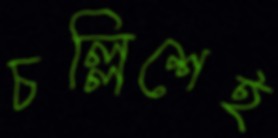
চল্লিশেই